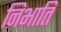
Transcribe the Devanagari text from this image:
निभाति